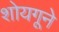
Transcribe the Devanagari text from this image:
शोयगूने